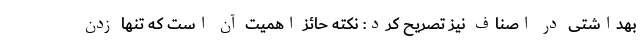
بهداشتی در اصناف نیز تصریح کرد: نکته حائز اهمیت آن است که تنها زدن